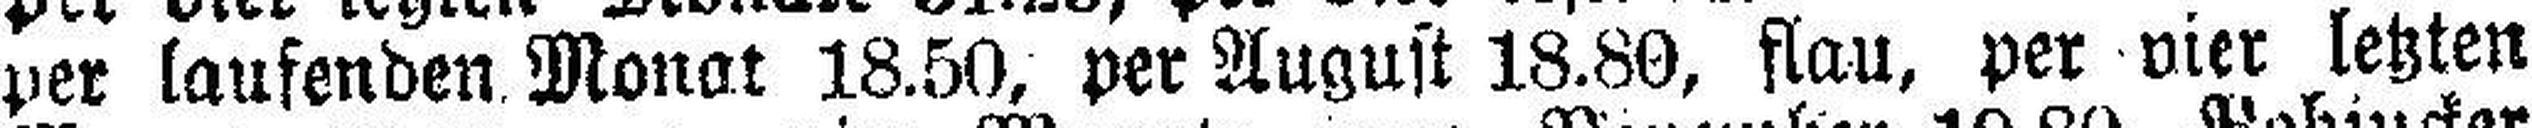
per laufenden Monat 18.50, per August 18.80, flau, per vier letzten